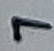
Text: 7